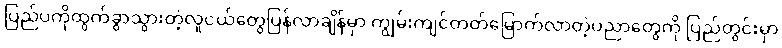
ပြည်ပကိုထွက်ခွာသွားတဲ့လူငယ်တွေပြန်လာချိန်မှာ ကျွမ်းကျင်တတ်မြောက်လာတဲ့ပညာတွေကို ပြည်တွင်းမှာ